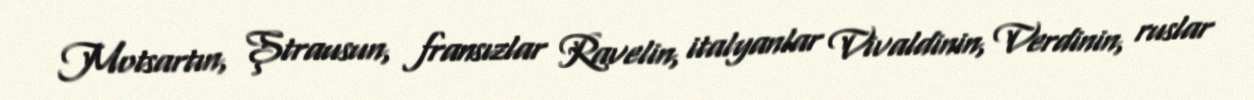
Motsartın, Ştrausun, fransızlar Ravelin, italyanlar Vivaldinin, Verdinin, ruslar